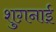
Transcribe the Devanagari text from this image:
शुग़नाई